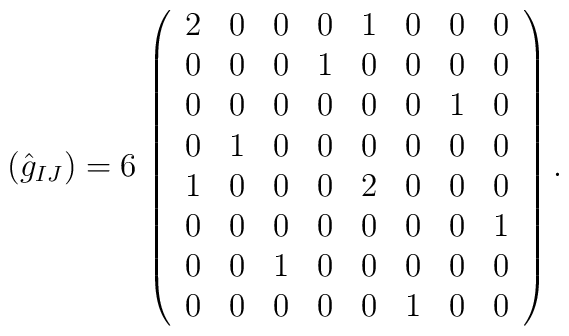
(\hat{g}_{IJ}) =  6\, \left( \begin{array}{cccccccc}2 & 0 & 0 & 0 & 1 & 0 & 0 & 0 \\0 & 0 & 0 & 1 & 0 & 0 & 0 & 0 \\0 & 0 & 0 & 0 & 0 & 0 & 1 & 0 \\0 & 1 & 0 & 0 & 0 & 0 & 0 & 0 \\1 & 0 & 0 & 0 & 2 & 0 & 0 & 0 \\0 & 0 & 0 & 0 & 0 & 0 & 0 & 1 \\0 & 0 & 1 & 0 & 0 & 0 & 0 & 0 \\0 & 0 & 0 & 0 & 0 & 1 & 0 & 0\end{array} \right).